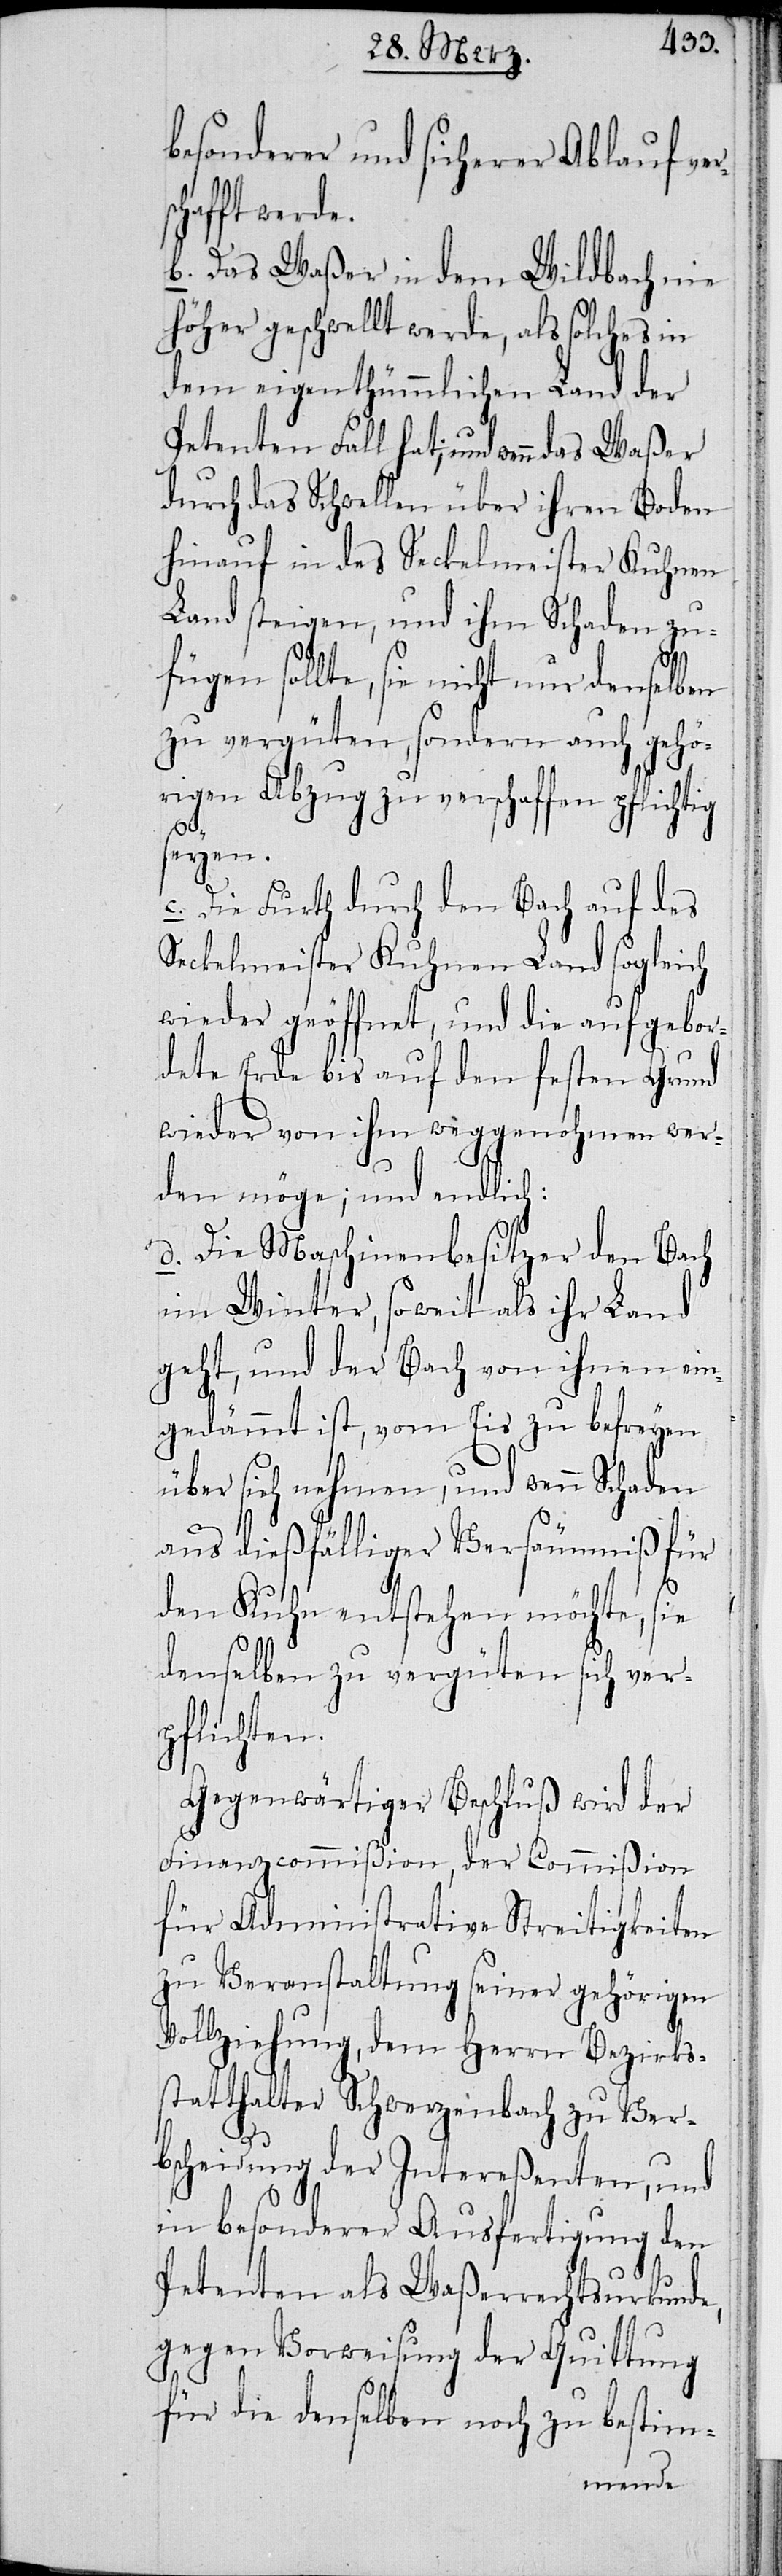
besonderer und sicherer Ablauf ver¬
hafft werde.
b. Das Waßer in dem Wildbach nie
höher geschwellt werde, als solches in
dem eigenthümmlichen Land der
Petenten Fall hat; und wenn das
durch das Schwellen über ihren Boden
hinauf in des Seckelmeister Kuhnen
Land steigen, und ihm Schaden zu¬
fügen sollte, sie nicht um denselben
zu vergüten, sondern auch gehö¬
rigen Abzug zu verschaffen pflichtig
sc¬
seyen.
c. Die Furth durch den Bach auf des
Seckelmeister Kuhnen Land sogleich
wieder geöffnet, und die aufgebor¬
dete Erde bis auf den festen Grund
wieder von ihm weggenohmen wer¬
den möge; und endlich:
d. Die Maschinenbesitzer den Bach
im Winter, soweit als ihr Land
geht, und der Bach von ihnen ein¬
gedämmt ist, vom Eis zu befreyen
über sich nehmen, und wenn Schaden
aus dießfälliger Versäumniß für
den Kuhn entstehen möchte, sie
denselben zu vergüten sich ver¬
pflichten.
Gegenwärtiger Beschluß wird der
Finanzcommißion, der Commißion
für Administrative Streitigkeiten
zu Veranstaltung seiner gehörigen
Vollziehung, dem Herrn Bezirks¬
statthalter Schwerzenbach zu Ver¬
bscheidung der Intereßenten, und
in besonderer Ausfertigung den
Petenten als Waßerrechtsurkunde,
gegen Vorweisung der Quittung
für die denselben noch zu bestim-